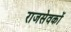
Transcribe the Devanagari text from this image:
राजसेवकों